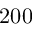
2 0 0